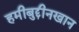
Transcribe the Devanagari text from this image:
हमीबुद्दीनखान